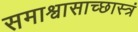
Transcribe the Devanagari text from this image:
समाश्वासाच्छास्त्रं